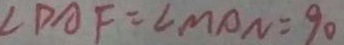
\angle D A F = \angle M A N = 9 0